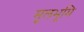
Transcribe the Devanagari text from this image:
मूलभूमि